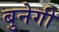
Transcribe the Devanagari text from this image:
बुनेगी